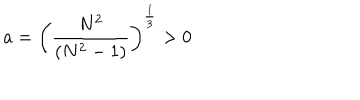
a = \left( \frac { N ^ { 2 } } { ( N ^ { 2 } - 1 ) } \right) ^ { \frac { 1 } { 3 } } > 0